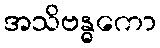
အသိဗန္ဓကော